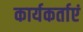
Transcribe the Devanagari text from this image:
कार्यकर्ताएं